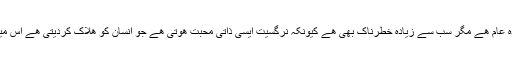
نرگسیت ایک ایسی محبت کی قسم ھے جو سب سے زیادہ عام ھے مگر سب سے زیادہ خطرناک بھی ھے کیونکہ نرگسیت ایسی ذاتی محبت ھوتی ھے جو انسان کو ھلاک کردیتی ھے اس میں ھلاکت کے اثرات بھرپور حد تک موجود ھوتے ھیں ۔